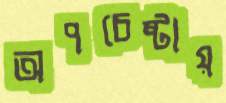
অপচেষ্টায়